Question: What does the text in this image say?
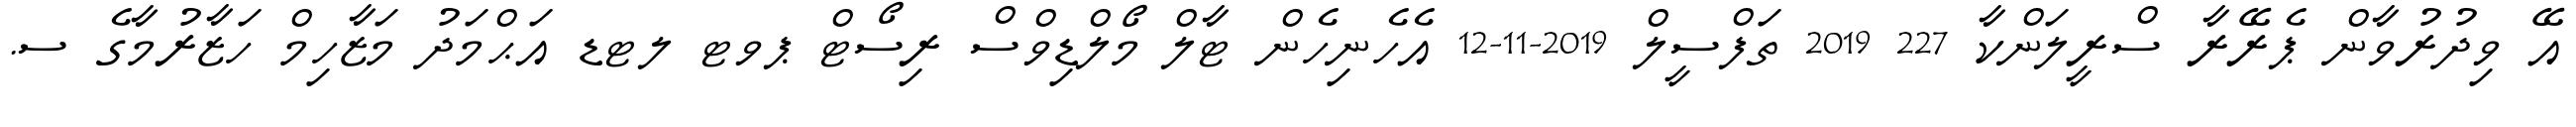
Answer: އޭ ވިދުރުވާން ޕެރޭރާ ސްރީލަންކާ 227 2019 ތަފްސީލް 2019-11-12 އެހެނިހެން ޓާލް މޯލްޑިވްސް ރިސޯޓް ޕވޓ ލޓޑ އަޙްމަދު މަޒާހިމް ހަޒާރުމާގެ ސ.